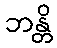
ဘန္တိ